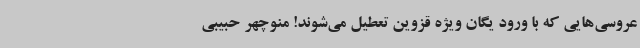
عروسی‌هایی که با ورود یگان ویژه قزوین تعطیل می‌شوند! منوچهر حبیبی